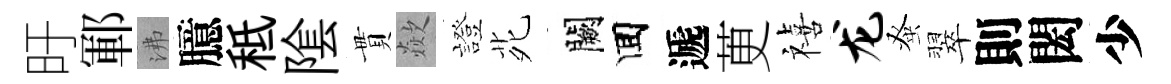
旴鄆沸臆秪隂貫歘證𫟍闕囬遞茰禧龙𫊫翠則閎少